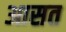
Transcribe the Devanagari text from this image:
आसत